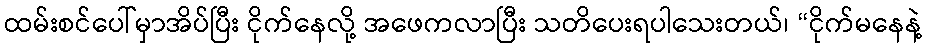
ထမ်းစင်ပေါ်မှာအိပ်ပြီး ငိုက်နေလို့ အဖေကလာပြီး သတိပေးရပါသေးတယ်၊ “ငိုက်မနေနဲ့